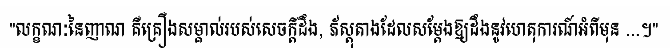
"លក្ខណៈនៃញាណ គឺគ្រឿងសម្គាល់របស់សេចក្តីដឹង, ភ័ស្តុតាងដែលសម្តែងឱ្យដឹងនូវហេតុការណ៍អំពីមុន ...។"